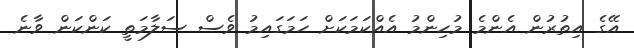
އޭގެ އިތުރުން އެންމެ މުހިންމު އެއްކަމަކަށް ހަމަގައިމު ވެސް ސަލާމަތީ ކަންކަން ވާނެ